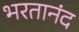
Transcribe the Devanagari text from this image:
भरतानंद